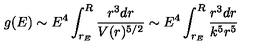
g ( E ) \sim E ^ { 4 } \int _ { r _ { E } } ^ { R } { \frac { r ^ { 3 } d r } { V ( r ) ^ { 5 / 2 } } } \sim E ^ { 4 } \int _ { r _ { E } } ^ { R } { \frac { r ^ { 3 } d r } { k ^ { 5 } r ^ { 5 } } }